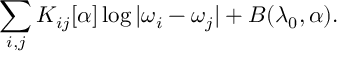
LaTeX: \sum _ { i , j } K _ { i j } [ \alpha ] \log | \omega _ { i } - \omega _ { j } | + B ( \lambda _ { 0 } , \alpha ) .